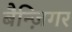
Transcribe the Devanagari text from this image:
बैन्ज़िगर